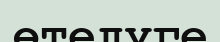
өтелуге